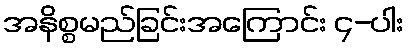
အနိစ္စမည်ခြင်းအကြောင်း ၄-ပါး